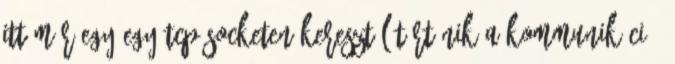
itt már egy-egy TCP socketen keresztül történik a kommunikáció,